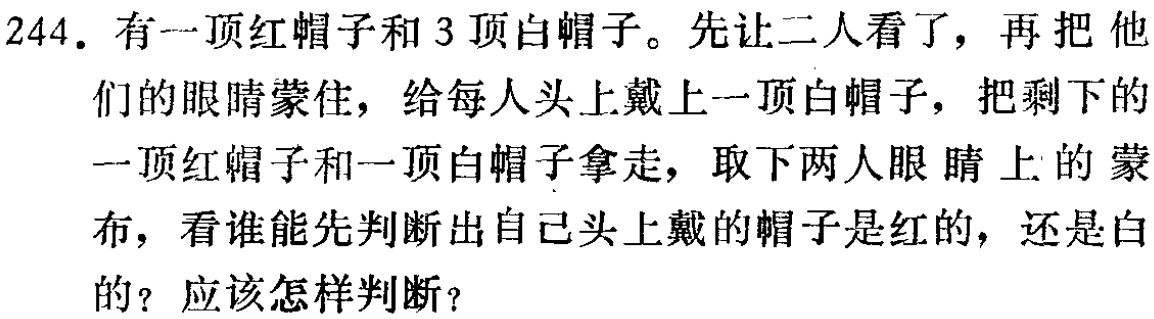
244. 有一顶红帽子和 3 顶白帽子。先让二人看了，再把他们的眼睛蒙住，给每人头上戴上一顶白帽子，把剩下的一顶红帽子和一顶白帽子拿走，取下两人眼睛上的蒙布，看谁能先判断出自己头上戴的帽子是红的，还是白的？应该怎样判断？